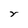
Character: Y